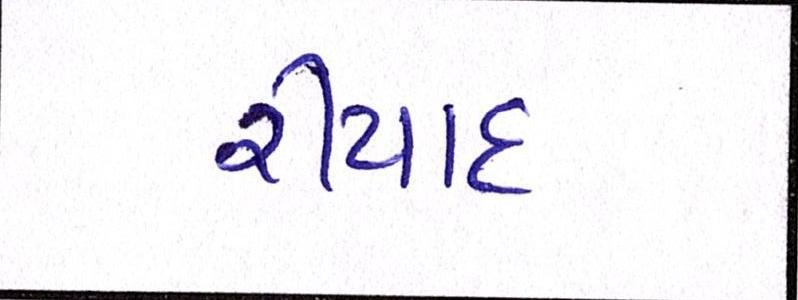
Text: રીયાદ